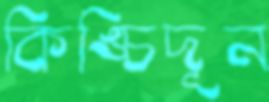
কিঙ্চিদূন